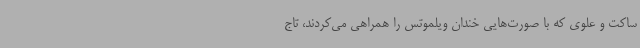
ساکت و علوی که با صورت‌هایی خندان ویلموتس را همراهی می‌کردند، تاج